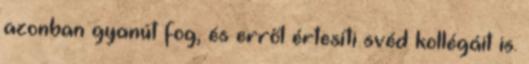
azonban gyanút fog, és erről értesíti svéd kollégáit is.